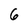
Character: 6